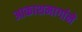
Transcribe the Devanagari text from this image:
आकाशमार्गाने